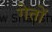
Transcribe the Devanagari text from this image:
गेतों